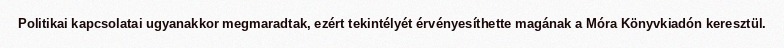
Politikai kapcsolatai ugyanakkor megmaradtak, ezért tekintélyét érvényesíthette magának a Móra Könyvkiadón keresztül.